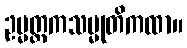
ဥမ္မတ္တကသမ္မုတိကထာ။